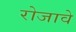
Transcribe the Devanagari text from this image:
रोजावे